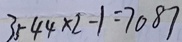
3 5 4 4 \times 2 - 1 = 7 0 8 7